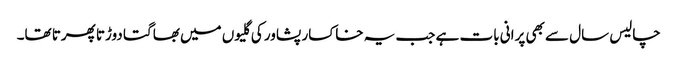
چالیس سال سے بھی پرانی بات ہے جب یہ خاکسار پشاور کی گلیوں میں بھاگتا دوڑتا پھرتا تھا۔